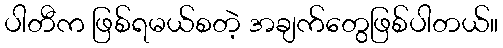
ပါတီက ဖြစ်ရမယ်စတဲ့ အချက်တွေဖြစ်ပါတယ်။